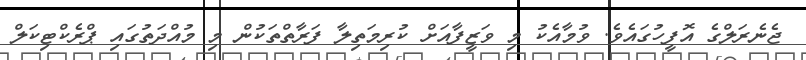
ޖެނެރަލްގެ އޮފީހުގައެވެ. ވުމާއެކު މި ވަޒީފާއަށް ކުރިމަތިލާ ފަރާތްތަކުން މި މުއްދަތުގައި ޕްރެކްޓިކަލް